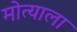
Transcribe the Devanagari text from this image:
मोत्याला